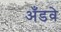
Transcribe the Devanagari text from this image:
अँडवे